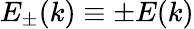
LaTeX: E_{\pm}(k)\equiv\pm E(k)